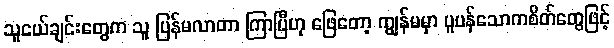
သူငယ်ချင်းတွေက သူ ပြန်မလာတာ ကြာပြီဟု ဖြေတော့ ကျွန်မမှာ ပူပန်သောကစိတ်တွေဖြင့်